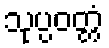
သုပ္ပဝတ္တံ